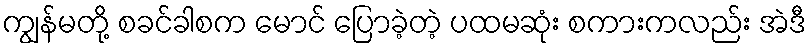
ကျွန်မတို့ စခင်ခါစက မောင် ပြောခဲ့တဲ့ ပထမဆုံး စကားကလည်း အဲဒီ